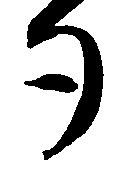
勺